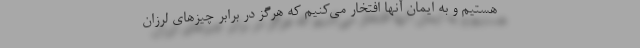
هستیم و به ایمان آنها افتخار می‌کنیم که هرگز در برابر چیزهای لرزان